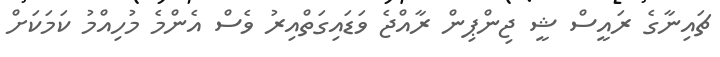
ޗައިނާގެ ރައީސް ޝީ ޖިންޕިން ރާއްޖެ ވަޑައިގަތްއިރު ވެސް އެންމެ މުހިއްމު ކަމަކަށް